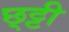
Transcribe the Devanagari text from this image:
छ्ट्टी